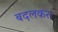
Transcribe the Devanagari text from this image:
बदलकर।